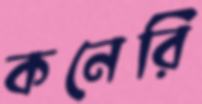
কনেরি